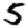
Digit: 5